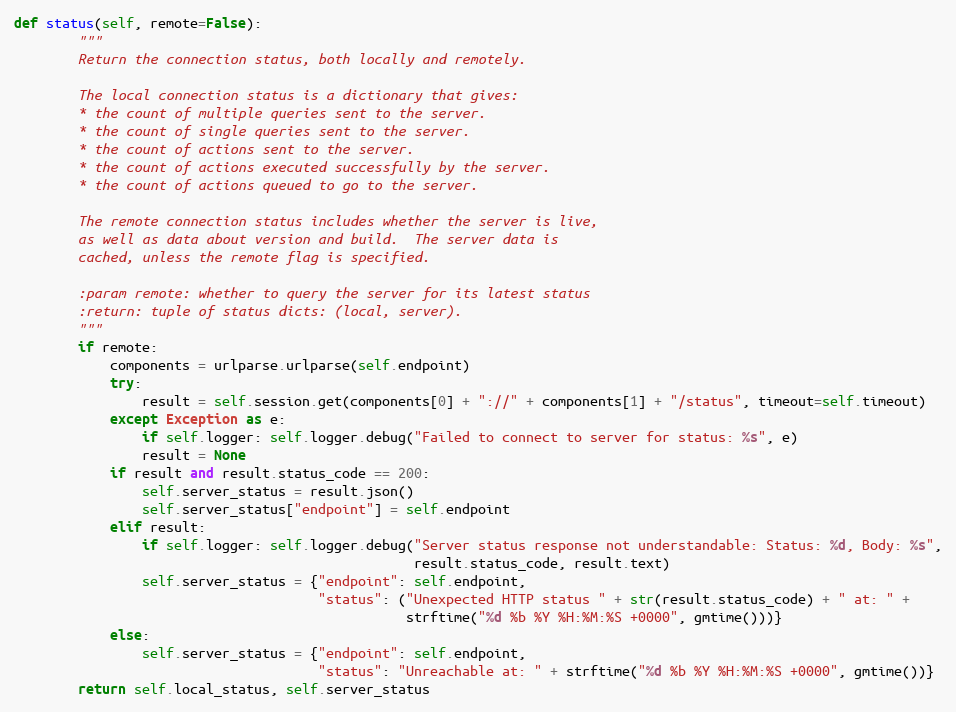
Language: Python
def status(self, remote=False):
        """
        Return the connection status, both locally and remotely.

        The local connection status is a dictionary that gives:
        * the count of multiple queries sent to the server.
        * the count of single queries sent to the server.
        * the count of actions sent to the server.
        * the count of actions executed successfully by the server.
        * the count of actions queued to go to the server.

        The remote connection status includes whether the server is live,
        as well as data about version and build.  The server data is
        cached, unless the remote flag is specified.

        :param remote: whether to query the server for its latest status
        :return: tuple of status dicts: (local, server).
        """
        if remote:
            components = urlparse.urlparse(self.endpoint)
            try:
                result = self.session.get(components[0] + "://" + components[1] + "/status", timeout=self.timeout)
            except Exception as e:
                if self.logger: self.logger.debug("Failed to connect to server for status: %s", e)
                result = None
            if result and result.status_code == 200:
                self.server_status = result.json()
                self.server_status["endpoint"] = self.endpoint
            elif result:
                if self.logger: self.logger.debug("Server status response not understandable: Status: %d, Body: %s",
                                                  result.status_code, result.text)
                self.server_status = {"endpoint": self.endpoint,
                                      "status": ("Unexpected HTTP status " + str(result.status_code) + " at: " +
                                                 strftime("%d %b %Y %H:%M:%S +0000", gmtime()))}
            else:
                self.server_status = {"endpoint": self.endpoint,
                                      "status": "Unreachable at: " + strftime("%d %b %Y %H:%M:%S +0000", gmtime())}
        return self.local_status, self.server_status